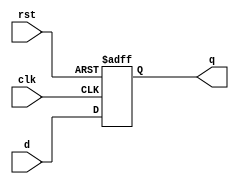
module d_flip_flop (
    input wire clk,
    input wire rst,
    input wire d,
    output reg q
);

always @(posedge clk or posedge rst) begin
    if (rst)
        q <= 1'b0;
    else
        q <= d;
end

endmodule